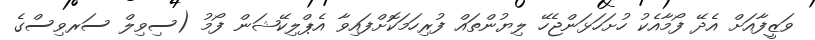
ވަޒީފާއަށް އެދޭ ފޯމާއެކު ހުށަހަޅަންޖެހޭ ލިޔުންތައް ފުރިހަމަކޮށްފައިވާ އެޕްލިކޭޝަން ފޯމު (ސިވިލް ސަރވިސްގެ